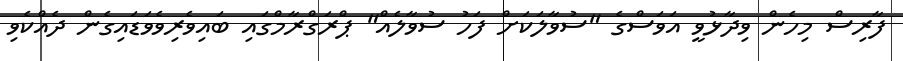
ފާރިސް މިހެން ވިދާޅުވީ އަވަސްގެ "ސުވާލަކަށް ފަހު ސުވާލެއް" ޕްރަގްރާމްގައި ބައިވެރިވެވަޑައިގެން ދެއްކެވި